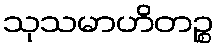
သုသမာဟိတဉ္စ